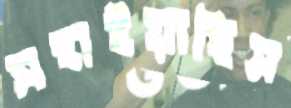
সহাইয়াছিস